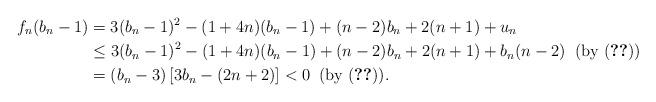
LaTeX: \begin{align*}f_n(b_n-1)&=3(b_n-1)^2-(1+4n)(b_n-1)+(n-2)b_n+2(n+1)+u_n\\&\le3(b_n-1)^2-(1+4n)(b_n-1)+(n-2)b_n+2(n+1)+b_n(n-2)\;\;\mbox{(by (\ref{ae6}))}\\&=(b_n-3)\left[3b_n-(2n+2)\right]<0\;\;\mbox{(by (\ref{ae8})).}\end{align*}